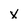
Character: X